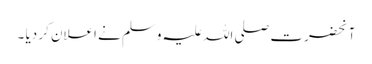
آنحضرت صلی اللہ علیہ وسلم نے اعلان کر دیا ۔